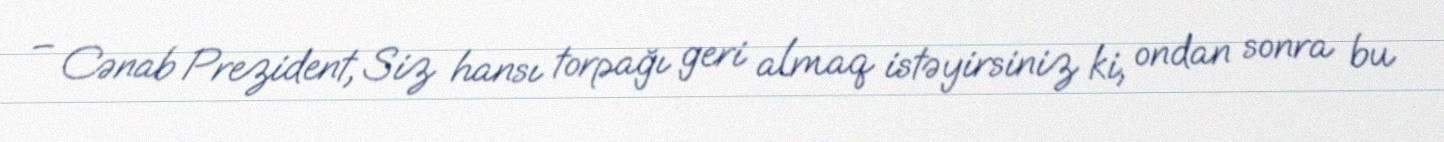
– Cənab Prezident, Siz hansı torpağı geri almaq istəyirsiniz ki, ondan sonra bu